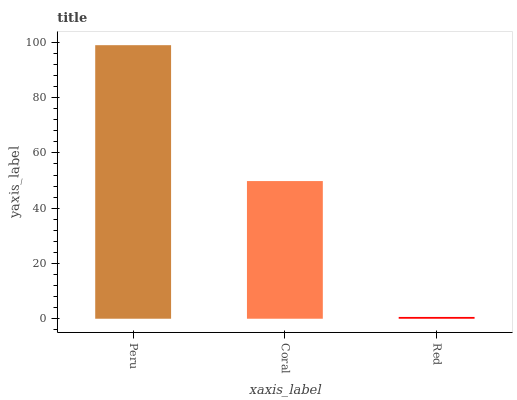
| xaxis_label | bars |
 | --- | --- |
 | Peru | 99 |
 | Coral | 49.8 |
 | Red | 0.648 |